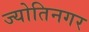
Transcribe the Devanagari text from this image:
ज्योतिनगर